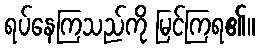
ရပ်နေကြသည်ကို မြင်ကြရ၏။